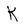
Character: K